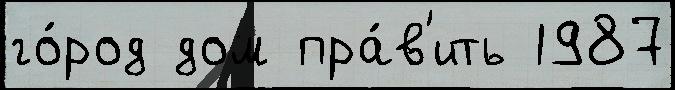
го́род дом пра́в'ить 1987